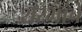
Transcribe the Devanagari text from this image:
शरभांचे